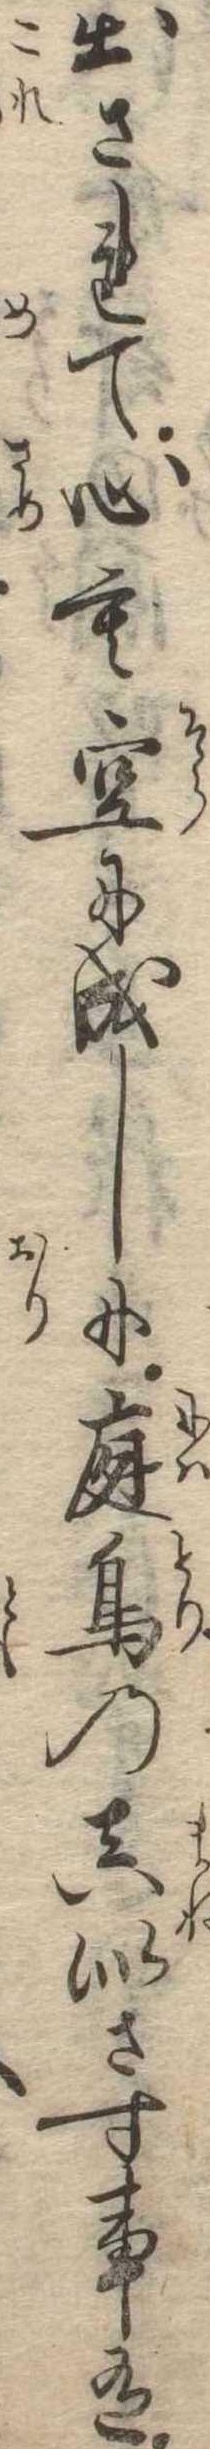
出されて心も空に成しに庭鳥の真似さす事有